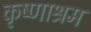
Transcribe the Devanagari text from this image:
कृष्णाश्रम